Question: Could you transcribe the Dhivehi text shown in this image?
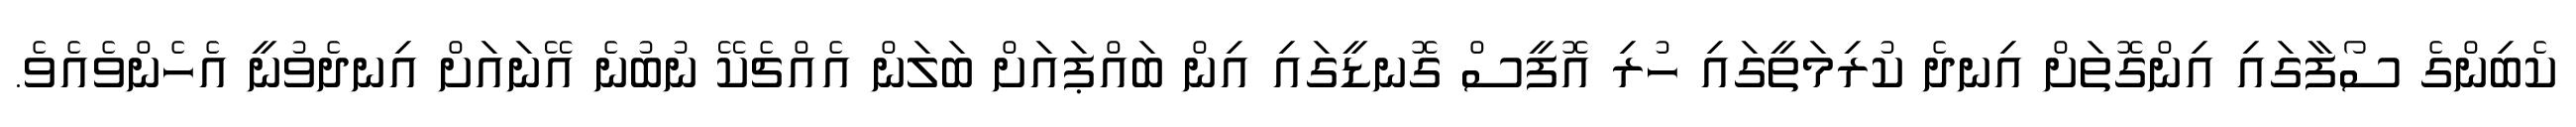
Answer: ކެބިންގެ ސޯފާގައި އިންގޮތަށް އިނދެ ކުރިމަތީގައި ހުރި އޮފީސް ގޮނޑީގައި އިން ބައްޕައަށް ބަލަން އެއްޗެކޭ ނުބުނެ އޭނައަށް އިނދެވުނީ އެހެންވެއެވެ.